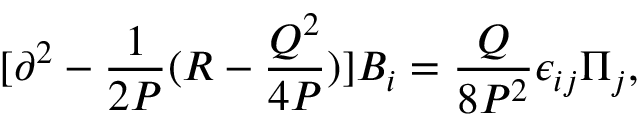
[ \partial ^ { 2 } - { \frac { 1 } { 2 P } } ( R - { \frac { Q ^ { 2 } } { 4 P } } ) ] B _ { i } = { \frac { Q } { 8 P ^ { 2 } } } \epsilon _ { i j } \Pi _ { j } ,